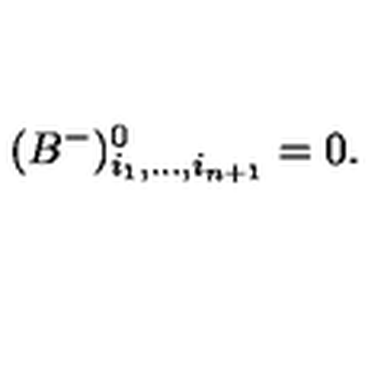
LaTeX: ( B ^ { - } ) _ { i _ { 1 } , . . . , i _ { n + 1 } } ^ { 0 } = 0 .